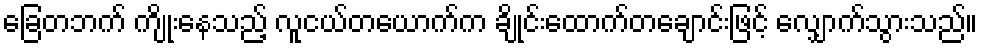
ခြေတဘက် ကျိုးနေသည့် လူငယ်တယောက်က ချိုင်းထောက်တချောင်းဖြင့် လျှောက်သွားသည်။